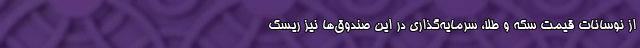
از نوسانات قیمت سکه و طلا، سرمایه‌گذاری در این صندوق‌ها نیز ریسک